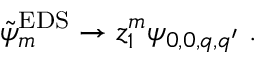
\tilde { \psi } _ { m } ^ { \mathrm { E D S } } \to z _ { 1 } ^ { m } \psi _ { 0 , 0 , q , q ^ { \prime } } \ .